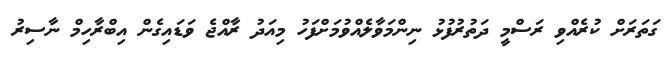
ގަތަރަށް ކުރެއްވި ރަސްމީ ދަތުރުފުޅު ނިންމަވާލެއްވުމަށްފަހު މިއަދު ރާއްޖެ ވަޑައިގެން އިބްރާހިމް ނާސިރު